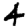
Digit: 4